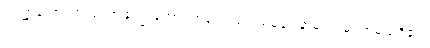
ဥပဋ္ဌာကော၊ အလုပ်အကျွေးတော်ရဟန်းသည်။ သမ္ဘဝေါနာမ၊ သမ္ဘဝအမည်ရှိ၏။